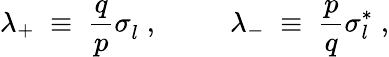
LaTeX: \lambda_{+}\; \equiv\; \frac{q}{p}\sigma_{l}^{~}\; ,~~~~~~~~~~\lambda_{-}\; \equiv\; \frac{p}{q}\sigma_{l}^{*}\; ,